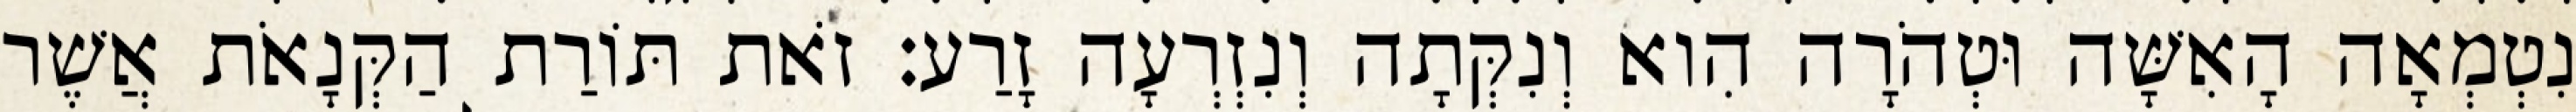
נִטְמְאָה הָאִשָּׁה וּטְהֹרָה הִוא וְנִקְּתָה וְנִזְרְעָה זָרַע׃ זֹאת תּוֹרַת הַקְּנָאֹת אֲשֶׁר